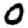
Digit: 0